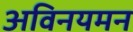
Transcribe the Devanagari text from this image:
अविनयमन